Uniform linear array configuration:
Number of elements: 48
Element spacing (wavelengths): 0.5
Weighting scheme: uniform
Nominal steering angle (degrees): -60
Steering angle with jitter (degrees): -58.555
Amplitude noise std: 0.05
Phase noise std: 0.05

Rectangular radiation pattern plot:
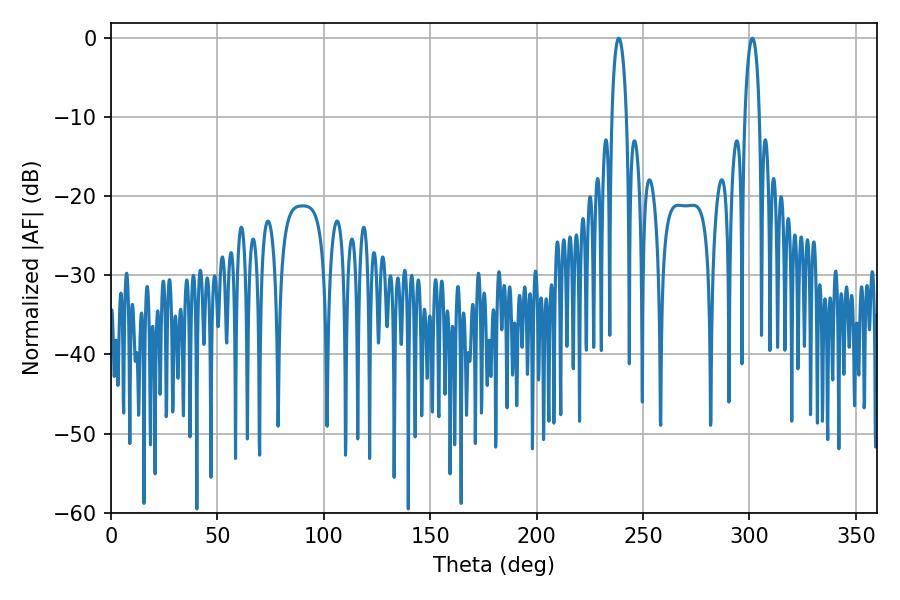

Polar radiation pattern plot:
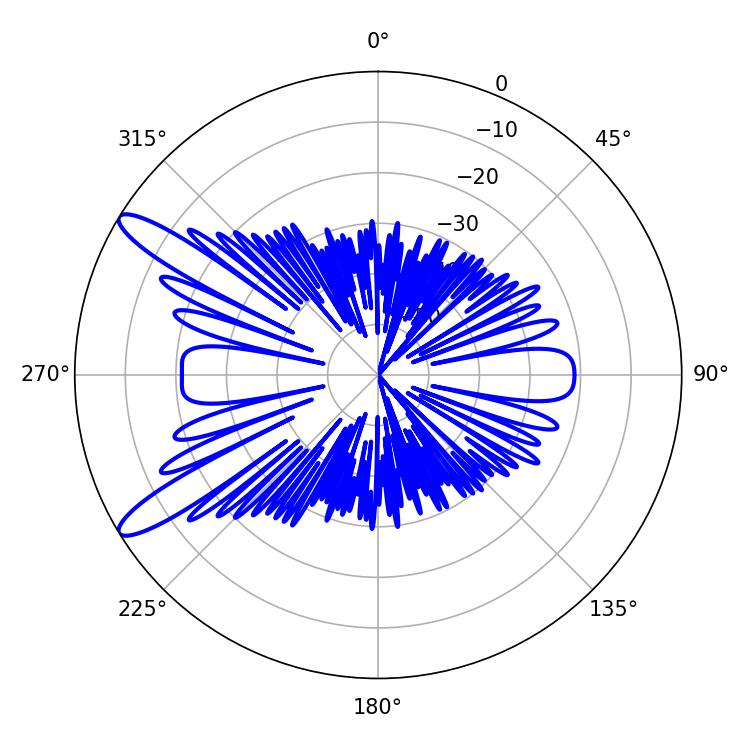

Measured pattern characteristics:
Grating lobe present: FALSE
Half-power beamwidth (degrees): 3.96
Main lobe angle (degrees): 301.32